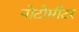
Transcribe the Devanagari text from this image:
पोटोमीटर